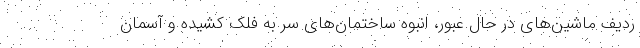
ردیف ماشین‌های در حال عبور، انبوه ساختمان‌های سر به فلک کشیده و آسمان